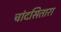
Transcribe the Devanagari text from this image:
चांदसितारा